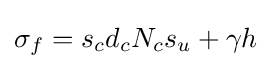
\sigma _{f}=s_{c}d_{c}N_{c}s_{u}+\gamma h